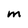
Character: M